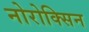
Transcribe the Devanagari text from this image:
नोरोक्सिन